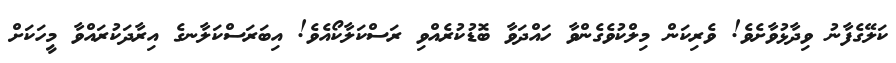
ކަލޭގެފާނު ވިދާޅުވާށެވެ! ވެރިކަން މިލްކުވެގެންވާ ހައްދަވާ ބޮޑުކުރެއްވި ރަސްކަލާކޯއެވެ! އިބަރަސްކަލާނގެ އިރާދަކުރައްވާ މީހަކަށް